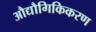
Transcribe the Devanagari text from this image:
औद्यौगिकिकरण